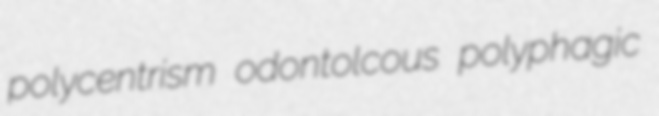
polycentrism odontolcous polyphagic